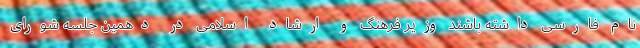
نام فارسی داشته باشند وزیر فرهنگ و ارشاد اسلامی در دهمین جلسه شورای